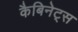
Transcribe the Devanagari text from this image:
कैबिनेट्स